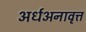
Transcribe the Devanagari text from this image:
अर्धअनावृत्त